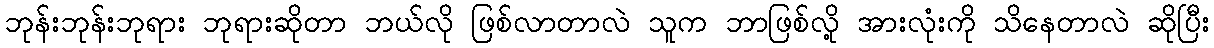
ဘုန်းဘုန်းဘုရား ဘုရားဆိုတာ ဘယ်လို ဖြစ်လာတာလဲ သူက ဘာဖြစ်လို့ အားလုံးကို သိနေတာလဲ ဆိုပြီး